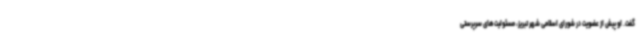
گفت. او پیش از عضویت در شورای اسلامی شهر تبریز، مسئولیت‌های سرپرستی